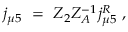
j _ { \mu 5 } \ = \ Z _ { 2 } Z _ { A } ^ { - 1 } j _ { \mu 5 } ^ { R } \ ,